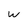
Character: w